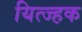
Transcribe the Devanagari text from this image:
यित्ज्हक